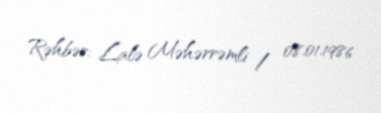
Rəhbər: Lalə Məhərrəmli / 08.01.1986